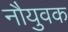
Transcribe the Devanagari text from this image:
नौयुवक